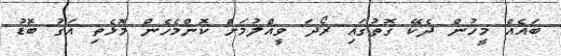
ބައެއް މީހުން ދެކޭ ގޮތުގައި ރޯދަ ވީއްލުމަށް ކޮންމެހެން މޮޅެތި އަގު ބޮޑު